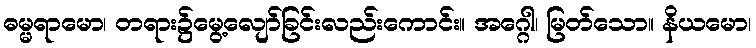
ဓမ္မရာမော၊ တရား၌မွေ့လျော်ခြင်းလည်းကောင်း။ အဂ္ဂေါ၊ မြတ်သော။ နိယမော၊